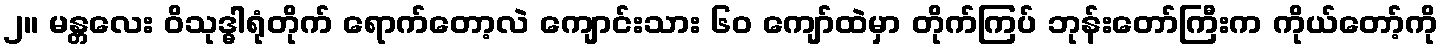
၂။ မန္တလေး ဝိသုဒ္ဓါရုံတိုက် ရောက်တော့လဲ ကျောင်းသား ၆၀ ကျော်ထဲမှာ တိုက်ကြပ် ဘုန်းတော်ကြီးက ကိုယ်တော့်ကို